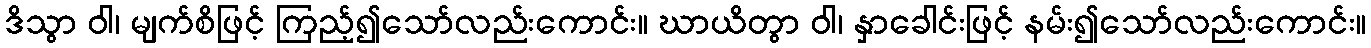
ဒိသွာ ဝါ၊ မျက်စိဖြင့် ကြည့်၍သော်လည်းကောင်း။ ဃာယိတွာ ဝါ၊ နှာခေါင်းဖြင့် နမ်း၍သော်လည်းကောင်း။